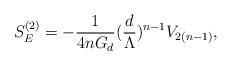
LaTeX: \begin{align*}S_{E}^{(2)} = - \frac{1}{4n G_{d}} (\frac{d}{\Lambda})^{n-1}V_{2(n-1)}, \end{align*}